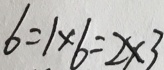
6 = 1 \times 6 = 2 \times 3